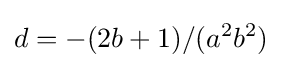
d=-(2b+1)/(a^{2}b^{2})